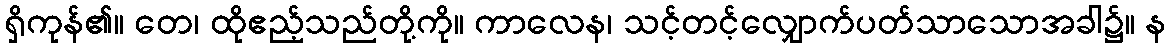
ရှိကုန်၏။ တေ၊ ထိုဧည့်သည်တို့ကို။ ကာလေန၊ သင့်တင့်လျှောက်ပတ်သာသောအခါ၌။ န